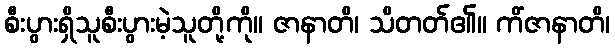
စီးပွားရှိသူစီးပွားမဲ့သူတို့ကို။ ဇာနာတိ၊ သိတတ်၏။ ကိံဇာနာတိ၊